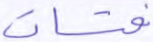
فتات